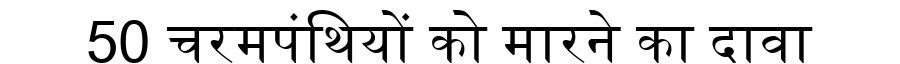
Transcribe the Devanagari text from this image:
50 चरमपंथियों को मारने का दावा